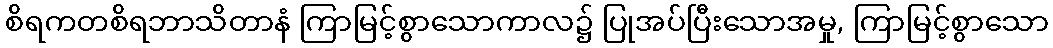
စိရကတစိရဘာသိတာနံ ကြာမြင့်စွာသောကာလ၌ ပြုအပ်ပြီးသောအမှု, ကြာမြင့်စွာသော